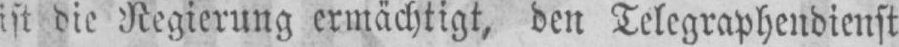
ist die Negierung ermächtigt, den Telegraphendienst